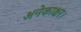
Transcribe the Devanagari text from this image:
अनेकाक्षर।